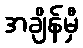
အချိန်မှီ